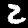
Digit: 2